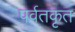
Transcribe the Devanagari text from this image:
पर्वतकृत